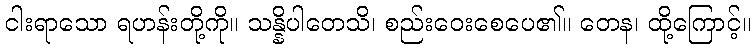
ငါးရာသော ရဟန်းတို့ကို။ သန္နိပါတေသိ၊ စည်းဝေးစေပေ၏။ တေန၊ ထို့ကြောင့်။